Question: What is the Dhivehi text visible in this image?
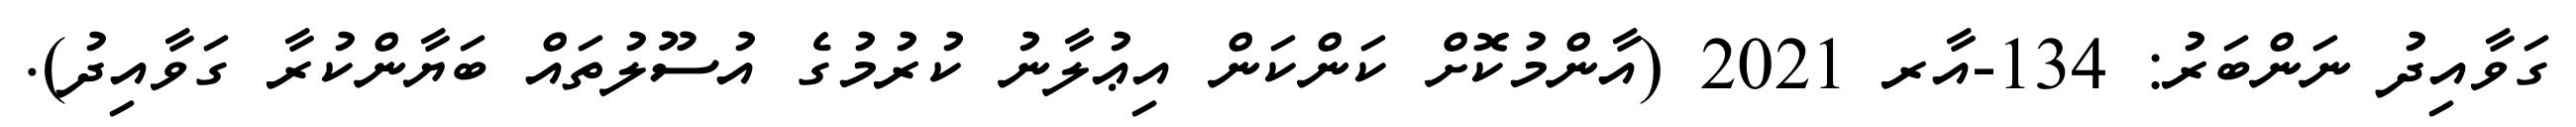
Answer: ގަވާއިދު ނަންބަރު: 134-އާރ 2021 (އާންމުކޮށް ކަންކަން އިޢުލާނު ކުރުމުގެ އުސޫލުތައް ބަޔާންކުރާ ގަވާއިދު).